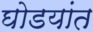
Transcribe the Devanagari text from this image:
घोडयांत